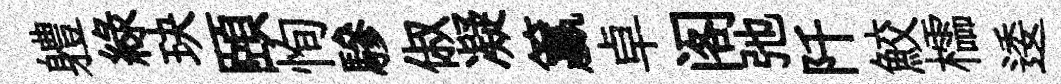
軆綠玦頤恂驂俶凝籯卓阁弛阡鮫櫺逶